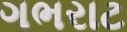
ગભરાટ